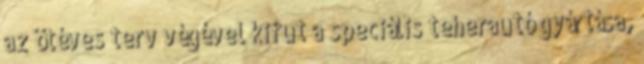
az ötéves terv végével kifut a speciális teherautó gyártása,